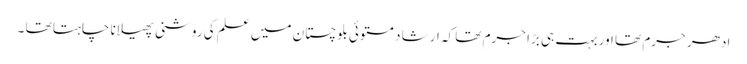
ادھر جرم تھا اور بہت ہی بڑا جرم تھا کہ ارشا د مستوئی بلوچستان میں علم کی روشنی پھیلانا چاہتا تھا ۔